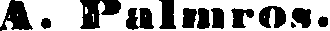
A. Palmros.